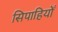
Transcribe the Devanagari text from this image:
सिपाहियोँ